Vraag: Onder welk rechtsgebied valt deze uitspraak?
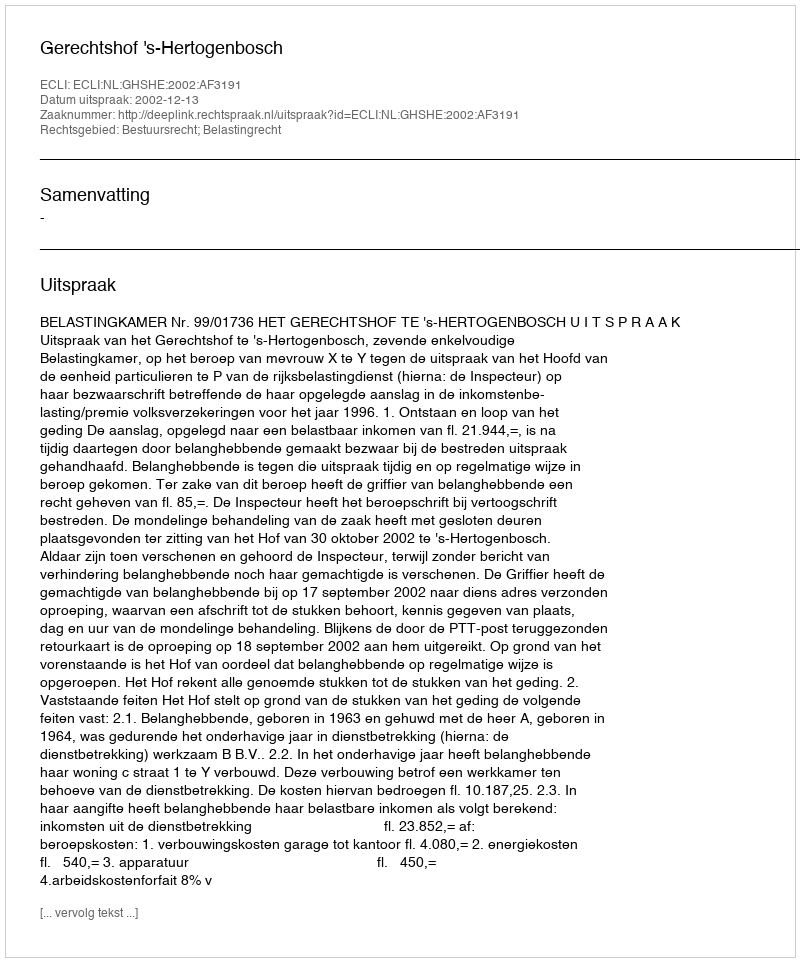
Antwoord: Bestuursrecht; Belastingrecht